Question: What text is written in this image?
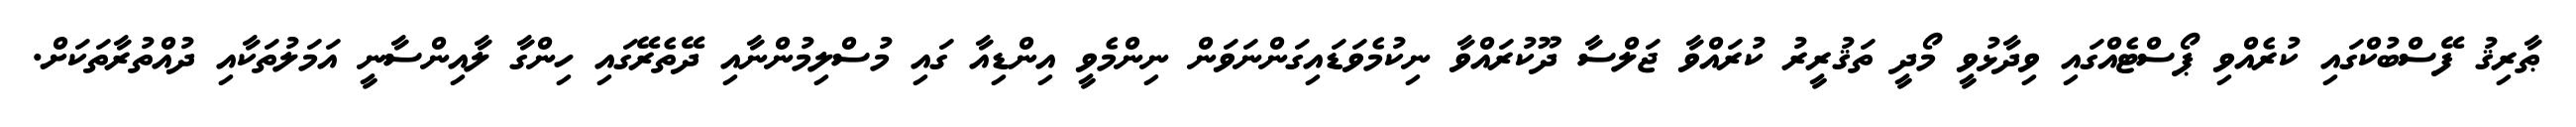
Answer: ޠާރިޤު ފޭސްބުކްގައި ކުރެއްވި ޕޯސްޓެއްގައި ވިދާޅުވީ މޯދީ ތަޤުރީރު ކުރައްވާ ޖަލްސާ ދޫކުރައްވާ ނިކުމެވަޑައިގަންނަވަން ނިންމެވީ އިންޑިއާ ގައި މުސްލިމުންނާއި ދޭތެރޭގައި ހިންގާ ލާއިންސާނީ އަމަލުތަކާއި ދުއްތުރާތަކަށް.